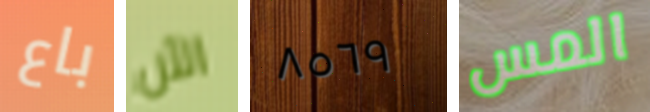
باع الآن ٨٥٦٩ المس